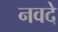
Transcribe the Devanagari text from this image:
नवदे